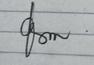
Signature authenticity: genuine